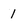
Character: 1